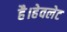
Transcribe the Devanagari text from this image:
है।हेवलेट